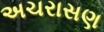
અચરાસણ